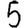
Digit: 5